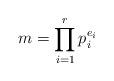
LaTeX: \begin{align*}m& = \prod_{i=1}^{r}p_{i}^{e_{i}}\end{align*}